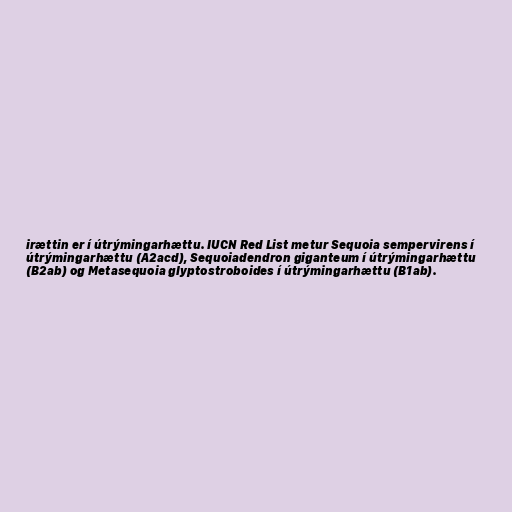
irættin er í útrýmingarhættu. IUCN Red List metur Sequoia sempervirens í
útrýmingarhættu (A2acd), Sequoiadendron giganteum í útrýmingarhættu
(B2ab) og Metasequoia glyptostroboides í útrýmingarhættu (B1ab).